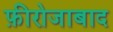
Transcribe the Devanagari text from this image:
फ़ीरोजाबाद